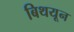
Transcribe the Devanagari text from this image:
बिथयून